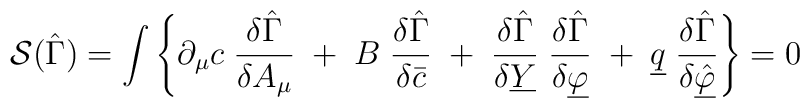
{\cal S} (\hat{\Gamma}) = \int \left\{  \partial_{\mu} c \; \frac{\delta \hat{\Gamma}}{\delta A_{\mu}}\; + \; B \; \frac{\delta \hat{\Gamma}}{\delta \bar{c}}\; + \; \frac{\delta \hat{\Gamma}}{\delta \underline{Y}} \;        \frac{\delta \hat{\Gamma}}{\delta \underline{\varphi}}\; + \; \underline{q} \;        \frac{\delta \hat{\Gamma}}{\delta \underline{\hat{\varphi}}}\right\} = 0